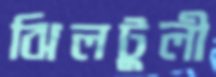
ঝিলটুলী